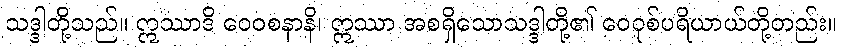
သဒ္ဒါတို့သည်။ ဣဿာဒိ ဝေဝစနာနိ၊ ဣဿာ အစရှိသောသဒ္ဒါတို့၏ ဝေဝုစ်ပရိယာယ်တို့တည်း။